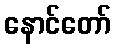
နောင်တော်